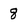
Character: 8